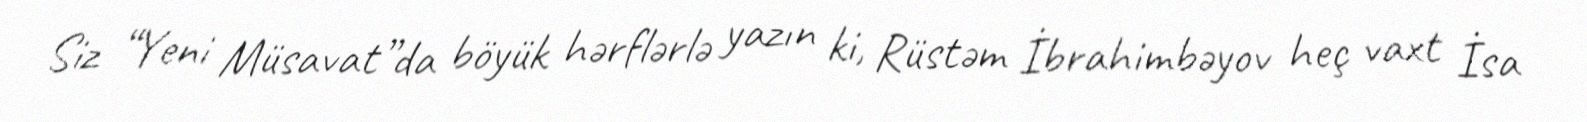
Siz “Yeni Müsavat”da böyük hərflərlə yazın ki, Rüstəm İbrahimbəyov heç vaxt İsa